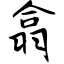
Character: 翕